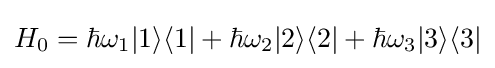
H_{0}=\hbar \omega _{1}|1\rangle \langle 1|+\hbar \omega _{2}|2\rangle \langle 2|+\hbar \omega _{3}|3\rangle \langle 3|